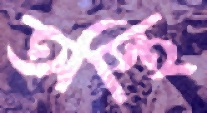
অস্থি